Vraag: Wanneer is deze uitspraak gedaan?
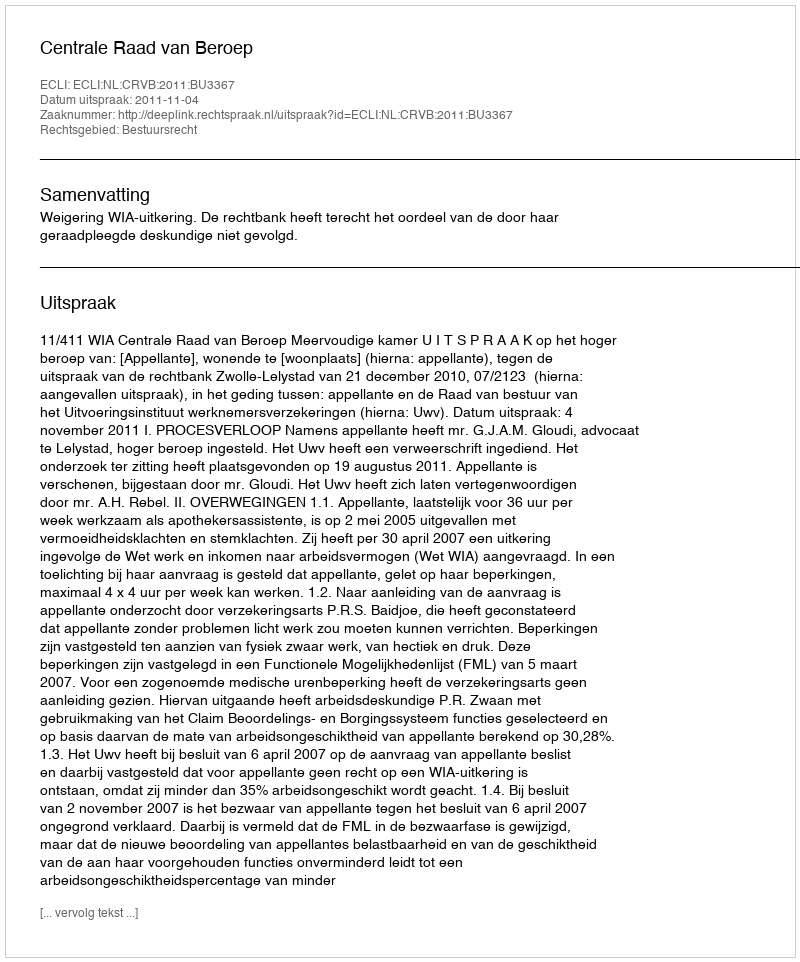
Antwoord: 2011-11-04